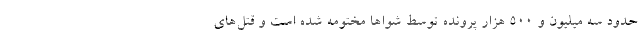
حدود سه میلیون و ۵۰۰ هزار پرونده توسط شواها مختومه شده است و قتل‌های